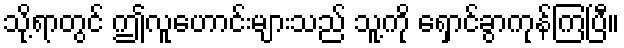
သို့ရာတွင် ဤလူဟောင်းများသည် သူ့ကို ရှောင်ခွာကုန်ကြပြီ။